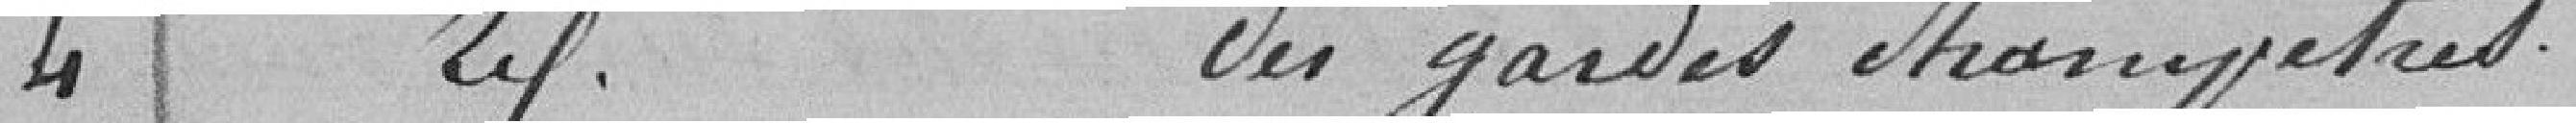
4 Traitement des garde champêtres